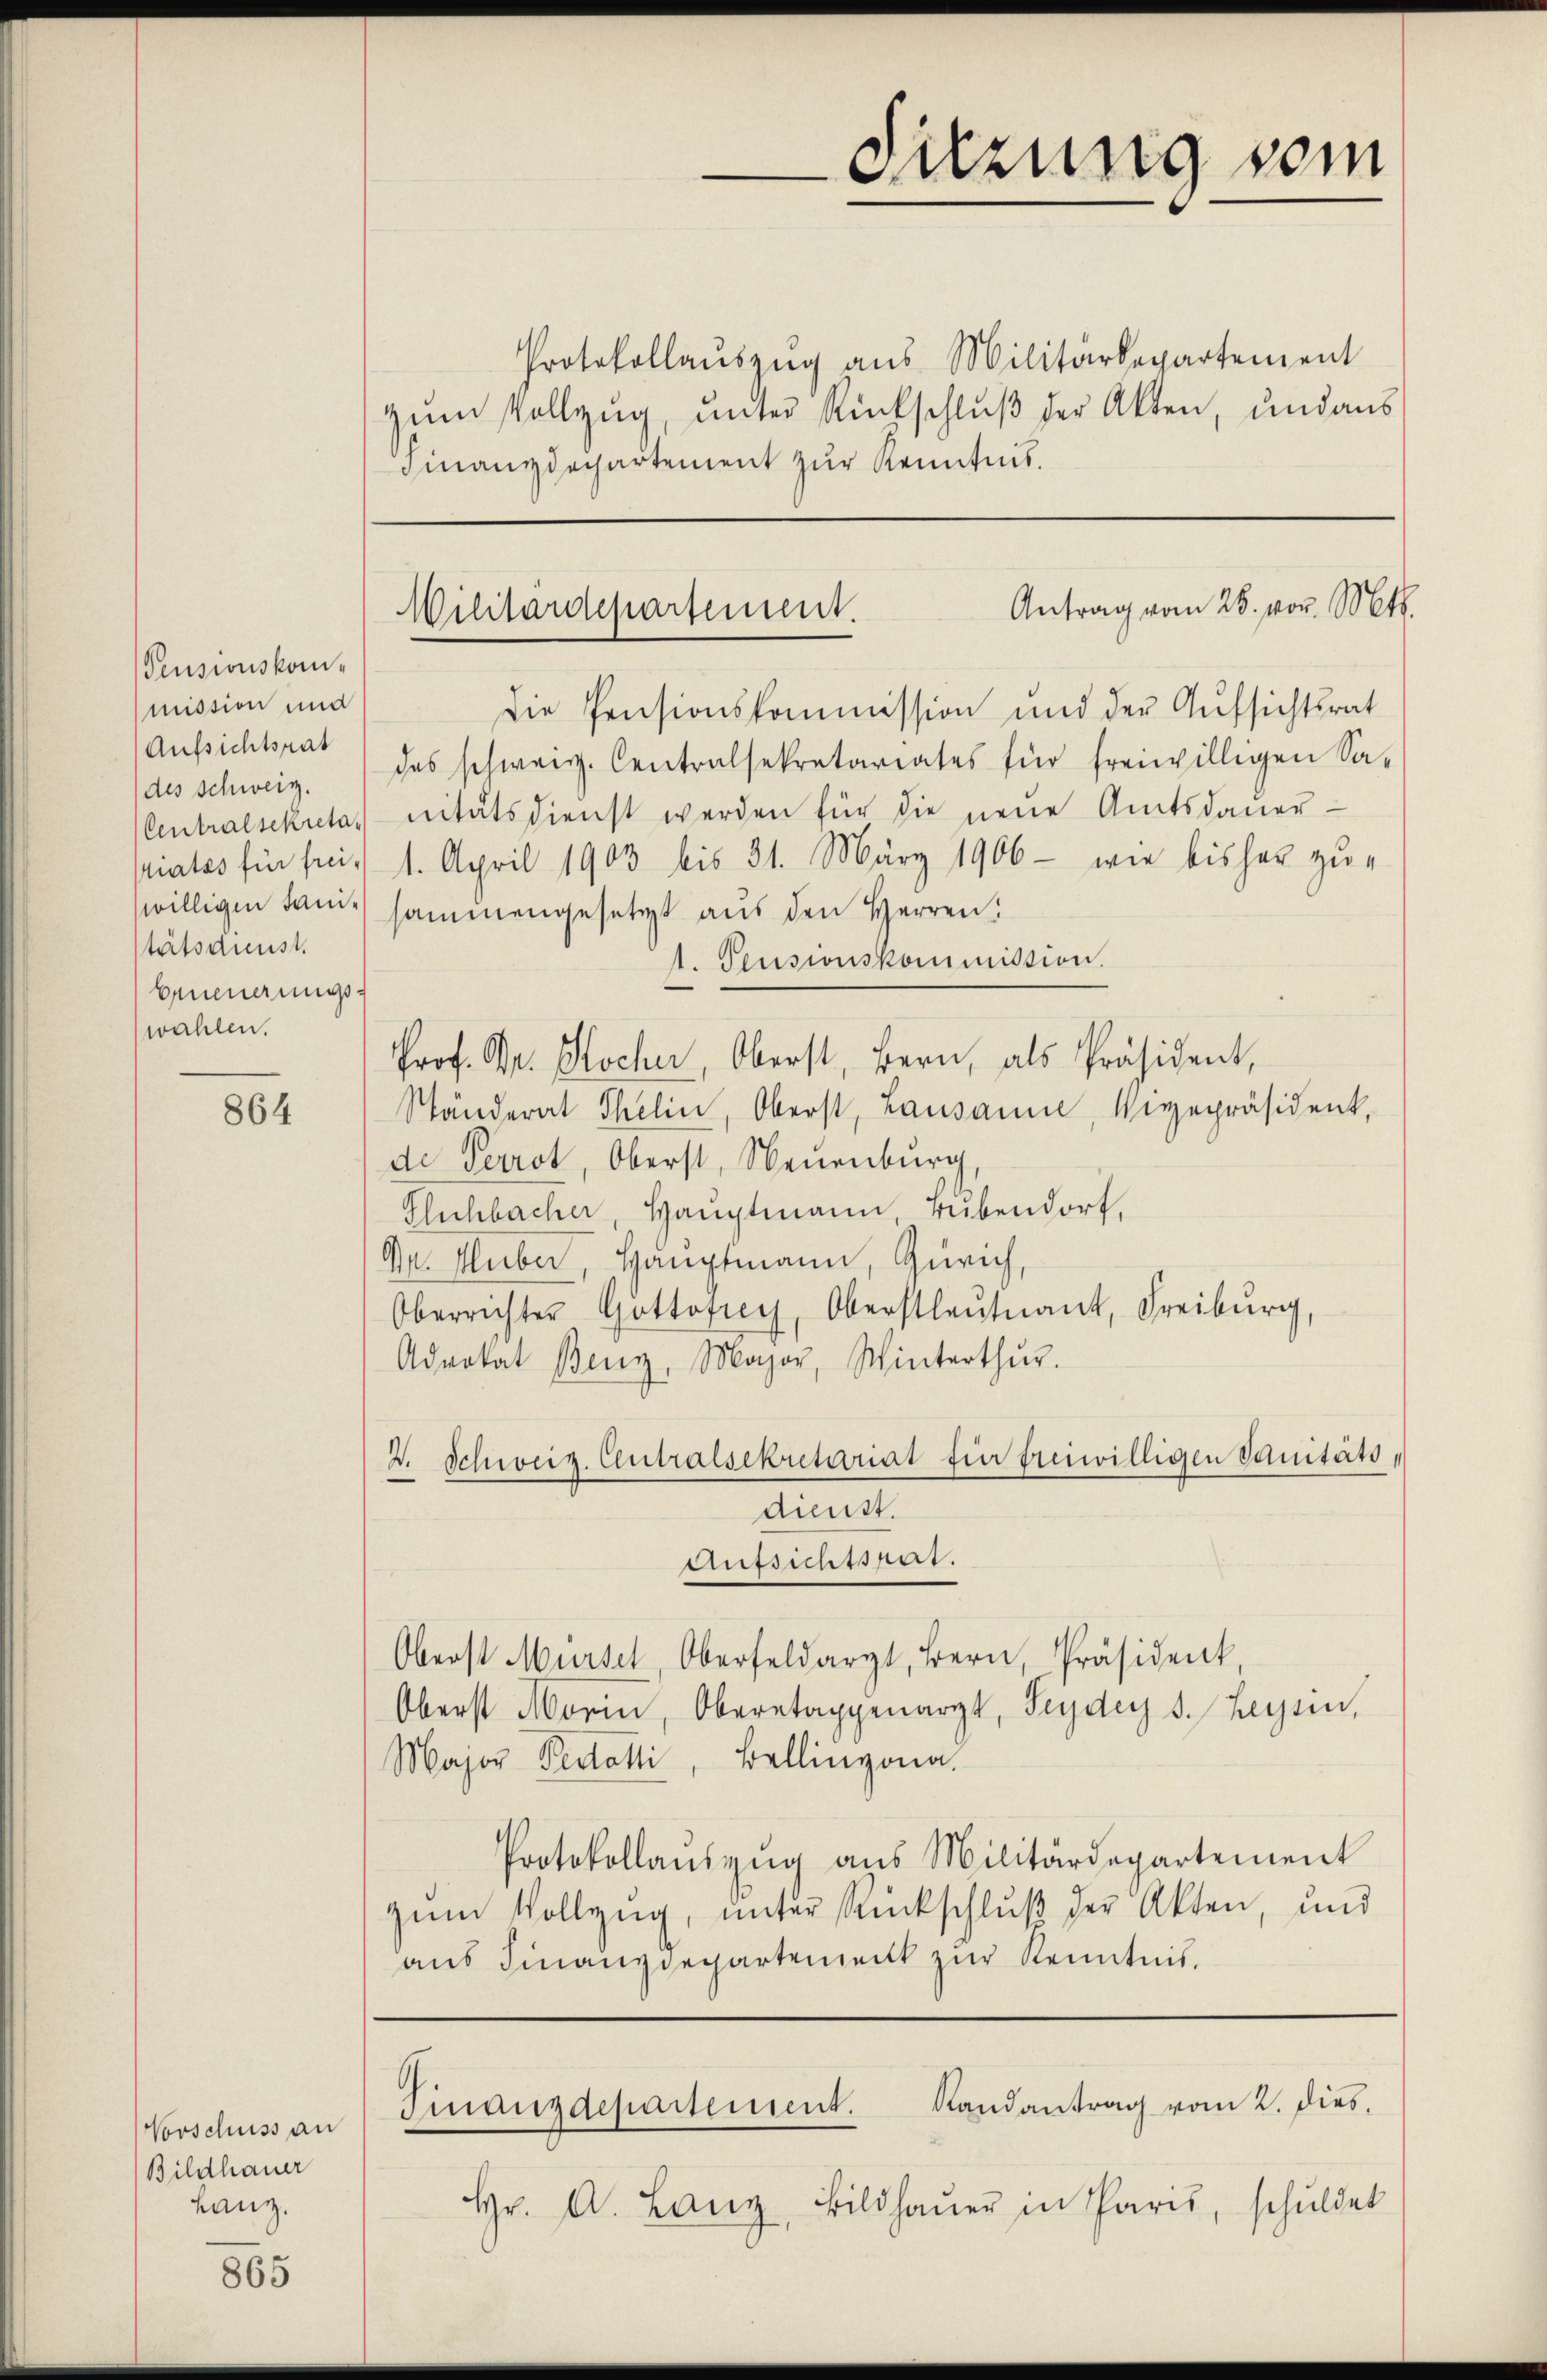
864

Vorschuss an
Bildhauer
Lanz.

865

Pensionskommission und
Aufsichtsrat
des Schweiz.
Centralsekretatiates für freiwilligen Sanitätsdienst.
Erneuerungswahlen.

Protokollaŭszŭg aŭs Militärdepartement
zum Vollzug, unter Rückschluß der Akten, und aus
Finanzdepartement zur Kenntnis.

Antrag vom 28. vor. Mts.
Militärdepartement.

Die Pensionskommission und der Aufsichtsrat
des schweiz. Centralsekretariates für freiwilligen Sa-
nitätsdienst werden für die neue Amtsdauer-
1. April 1903 bis 31. März 1906 - wie bisher zu-
sammengesetzt aus den Herren:
1. Pensionskommission.
Prof. Dr. Hocher, Oberst, Bern, als Präsident,
Ständerat Thelin, Oberst, Lausanne, Vizepräsident,
de Perrot, Oberst, Neuenburg,
Buchbacher, Hauptmann Bubendorf,
Dr. Huber, Hauptmann, Zürich,
Oberrichter Gottofrey, Oberstleutnant, Freiburg,
Advokat Benz, Major, Winterthŭr.
2. Schweiz. Centralsekretariat für freiwilligen Sanitätsdienst.
Aufsichtspat.
Oberst Mürsel Oberfeldarzt, Bern, Präsident,
Oberst Marin, Oberetappenarzt, Seyder s. Leysen,
Major Pestati, Bellinzona.
Protokollauszug aus Militärdepartement
zum Vollzug, unter Rückschluß der Akten, und
aŭs Finanzdepartement zur Kenntnis.

Suzung vom

Finanzdepartement. Randantrag vom 2. dies

Hr. A. Lang, Bildhaŭer in Paris, schuldet